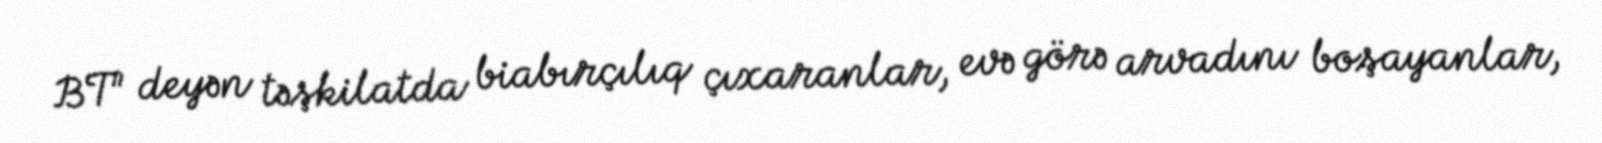
BT" deyən təşkilatda biabırçılıq çıxaranlar, evə görə arvadını boşayanlar,